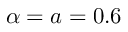
\alpha = a = 0 . 6